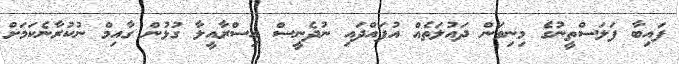
ފައިބާ ފަލަސްތީނުގެ މިނިވަން ދައުލަތެއް އުފައްދައި ނުދެނީސް އިސްރާއީލާ ގުޅުން ގާއިމް ނުކުރާނެކަމަށް